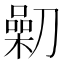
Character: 𠟯